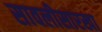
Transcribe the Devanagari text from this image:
सावलीसारखा